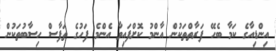
އިންޑިއާގެ ކަމާ ބެހޭ ފަރާތްތަކުން އާންމު ކޮށްފައިވާ އެންމެ ފަހުގެ ތަފާސް ހިސާބުތަކުން